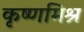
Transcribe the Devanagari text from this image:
कृष्णमिश्र